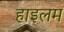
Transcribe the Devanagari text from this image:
हाइलम